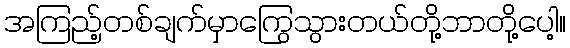
အကြည့်တစ်ချက်မှာကြွေသွားတယ်တို့ဘာတို့ပေါ့။